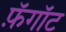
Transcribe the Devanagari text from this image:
फ़ॅगॉट